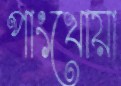
পাংখোয়া